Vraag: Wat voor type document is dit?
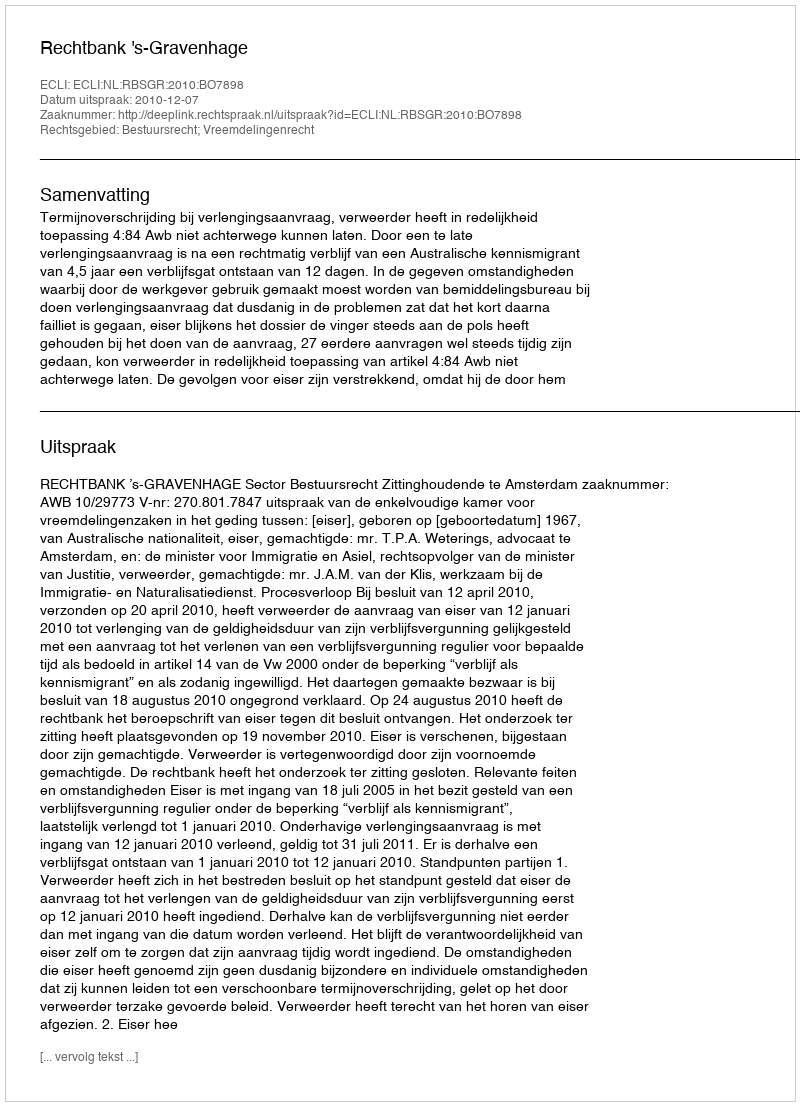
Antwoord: Uitspraak